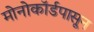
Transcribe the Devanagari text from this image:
मोनोकॉर्डपासून